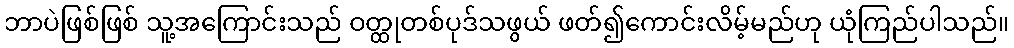
ဘာပဲဖြစ်ဖြစ် သူ့အကြောင်းသည် ဝတ္ထုတစ်ပုဒ်သဖွယ် ဖတ်၍ကောင်းလိမ့်မည်ဟု ယုံကြည်ပါသည်။